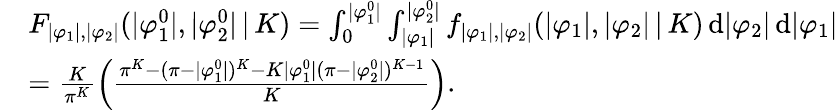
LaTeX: \begin{array}{rl}&{F_{|\varphi_{1}|,|\varphi_{2}|}(|\varphi_{1}^{0}|,|\varphi_{2}^{0}|\, |\, K)=\int_{0}^{|\varphi_{1}^{0}|}\int_{|\varphi_{1}|}^{|\varphi_{2}^{0}|}f_{|\varphi_{1}|,|\varphi_{2}|}(|\varphi_{1}|,|\varphi_{2}|\, |\, K)\, \mathrm{d}|\varphi_{2}|\, \mathrm{d}|\varphi_{1}|}\\ &{=\frac{K}{\pi^{K}}\Big(\frac{\pi^{K}-(\pi-|\varphi_{1}^{0}|)^{K}-K|\varphi_{1}^{0}|(\pi-|\varphi_{2}^{0}|)^{K-1}}{K}\Big).}\end{array}